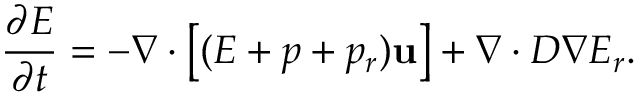
\frac { \partial E } { \partial t } = - \nabla \cdot \left[ ( E + p + p _ { r } ) \mathbf { u } \right] + \nabla \cdot D \nabla E _ { r } .